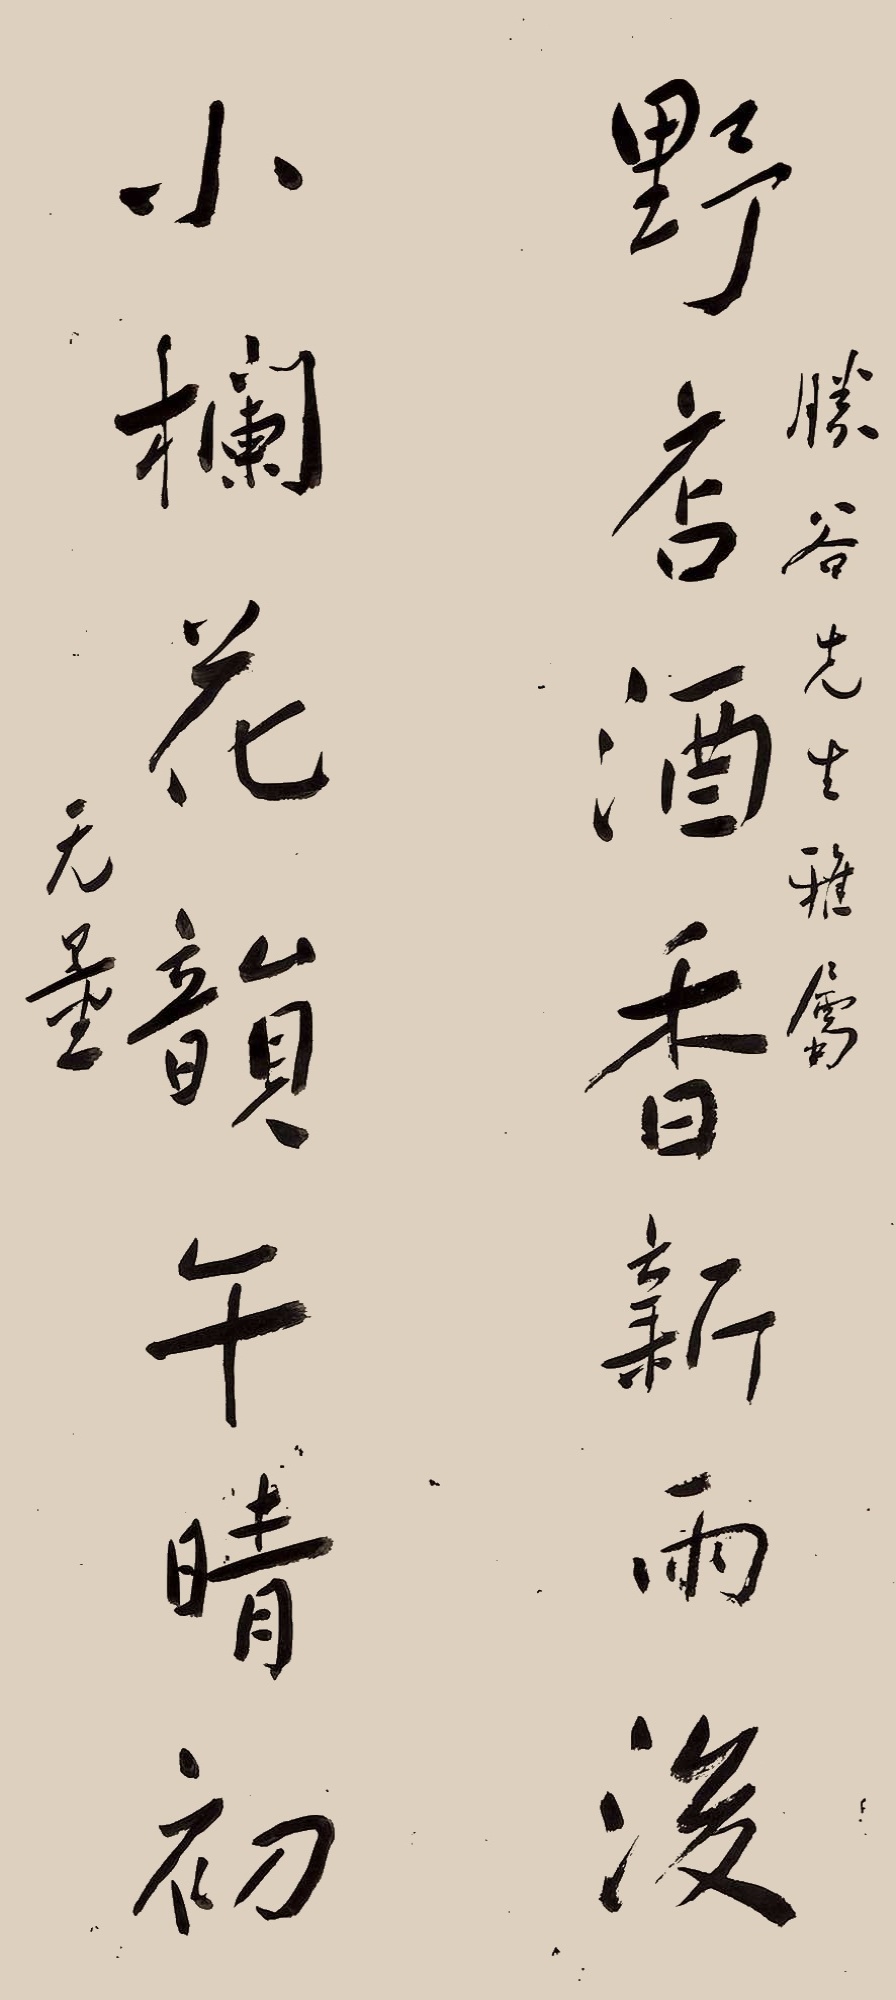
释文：野店酒香新雨后，小栏花韵午晴初。胜谷先生雅属，无量。